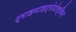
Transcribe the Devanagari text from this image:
ट्राइनाइट्रोटोल्विन